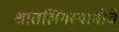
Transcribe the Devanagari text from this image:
शांतलिंगस्वामीचे